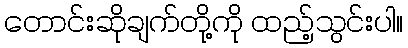
တောင်းဆိုချက်တို့ကို ထည့်သွင်းပါ။